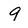
Character: 9